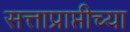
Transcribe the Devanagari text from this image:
सत्ताप्राप्तीच्या